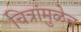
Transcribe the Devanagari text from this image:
चित्रांमुळेच